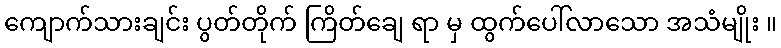
ကျောက်သားချင်း ပွတ်တိုက် ကြိတ်ချေ ရာ မှ ထွက်ပေါ်လာသော အသံမျိုး ။